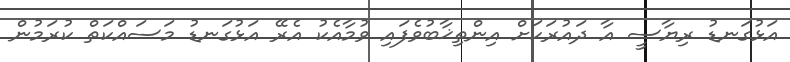
އަޅުގަނޑު ރިޔާސީ އާ ދައުރަކަށް އިންތިޚާބުވެފައި ވުމާއެކު އެރޭ އަޅުގަނޑު މަސައްކަތް ކުރަމުން